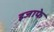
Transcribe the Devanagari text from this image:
इजाफे